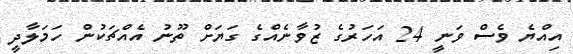
އިއްޔެ ވެސް ވަނީ 24 އަހަރުގެ ޒުވާނެއްގެ ގަޔަށް ތޫނު އެއްޗަކުން ހަމަލާދީ